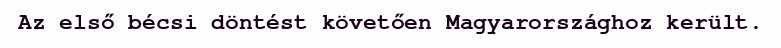
Az első bécsi döntést követően Magyarországhoz került.